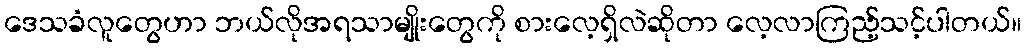
ဒေသခံလူတွေဟာ ဘယ်လိုအရသာမျိုးတွေကို စားလေ့ရှိလဲဆိုတာ လေ့လာကြည့်သင့်ပါတယ်။